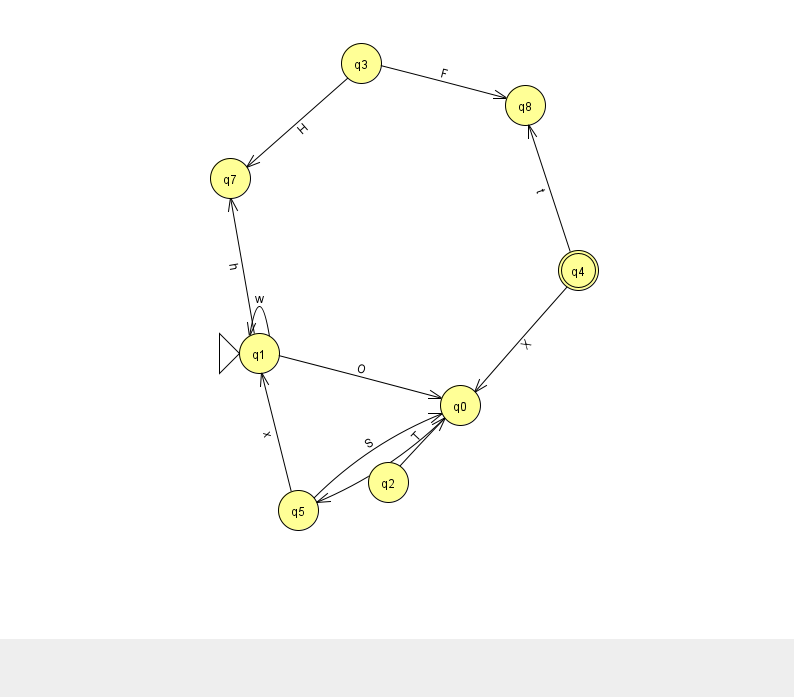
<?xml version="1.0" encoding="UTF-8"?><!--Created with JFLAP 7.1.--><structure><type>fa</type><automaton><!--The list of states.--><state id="0" name="q0"><x>460.0</x><y>392.0</y></state><state id="1" name="q1"><x>259.0</x><y>340.0</y><initial/></state><state id="2" name="q2"><x>388.0</x><y>469.0</y></state><state id="3" name="q3"><x>361.0</x><y>50.0</y></state><state id="4" name="q4"><x>578.0</x><y>257.0</y><final/></state><state id="5" name="q5"><x>298.0</x><y>497.0</y></state><state id="7" name="q7"><x>230.0</x><y>165.0</y></state><state id="8" name="q8"><x>525.0</x><y>92.0</y></state><!--The list of transitions.--><transition><from>3</from><to>8</to><read>F</read></transition><transition><from>5</from><to>0</to><read>S</read></transition><transition><from>4</from><to>0</to><read>X</read></transition><transition><from>1</from><to>1</to><read>w</read></transition><transition><from>2</from><to>0</to><read>T</read></transition><transition><from>0</from><to>5</to><read>K</read></transition><transition><from>1</from><to>7</to><read>h</read></transition><transition><from>3</from><to>7</to><read>H</read></transition><transition><from>4</from><to>8</to><read>t</read></transition><transition><from>1</from><to>0</to><read>O</read></transition><transition><from>5</from><to>1</to><read>x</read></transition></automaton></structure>